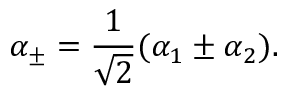
\alpha _ { \pm } = { \frac { 1 } { \sqrt 2 } } ( \alpha _ { 1 } \pm \alpha _ { 2 } ) .